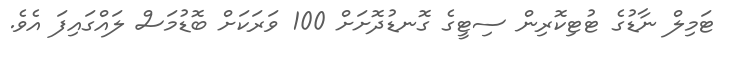
ޓަމިލް ނާޑުގެ ޓުޓިކޮރިން ސިޓީގެ ގޮނޑުދޮށަށް 100 ވަރަކަށް ބޮޑުމަސް ލައްގައިފަ އެވެ.